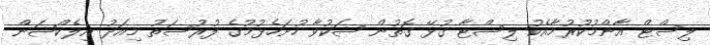
ލިސްޓް އާންމުކުރުމާއެކު ލިސްޓާ ގުޅޭ ގޮތުން ޝަކުވާ ހުށަހެޅުމުގެ ފުރުސަތު މިއަދު އިލެކްޝަން